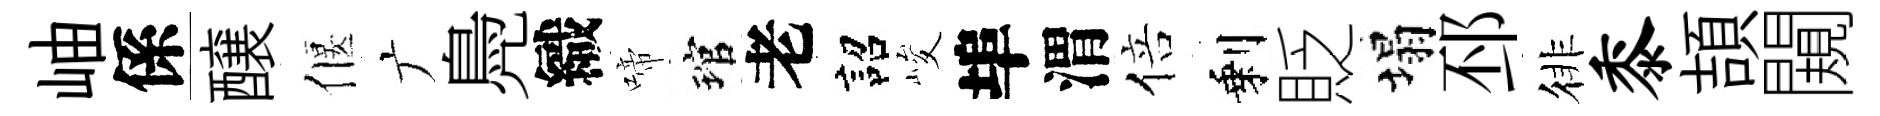
岫係醸偃广鳧織啼琯老詔峻埠渭倍剩貶塌邳徘黍頡闚